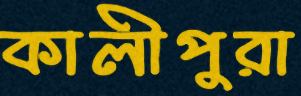
কালীপুরা